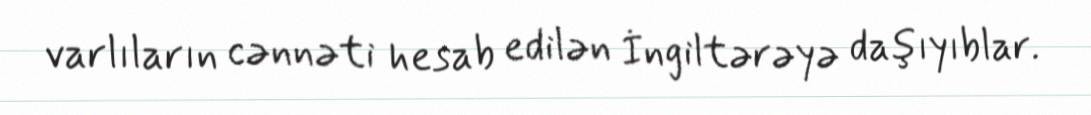
varlıların cənnəti hesab edilən İngiltərəyə daşıyıblar.